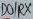
Text: DO/RX